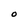
Character: O